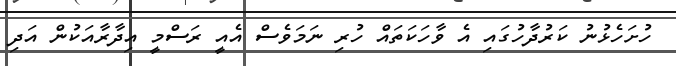
ހުށަހެޅުނު ކަރުދާހުގައި އެ ވާހަކަތައް ހުރި ނަމަވެސް އެއީ ރަސްމީ އިދާރާއަކުން އަދި